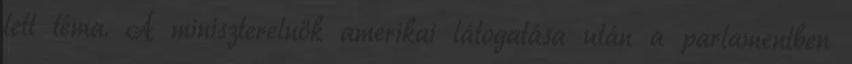
lett téma. A miniszterelnök amerikai látogatása után a parlamentben